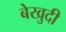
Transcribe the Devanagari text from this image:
बेखुदी